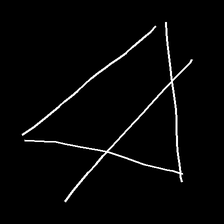
Glyph: empower